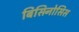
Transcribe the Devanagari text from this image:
बिसिनोसिस